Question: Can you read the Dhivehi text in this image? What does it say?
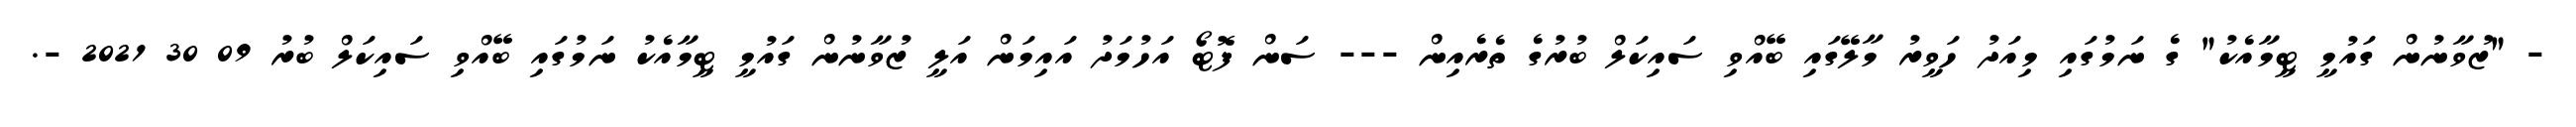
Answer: - "ޒުވާނުން ގައުމީ ޓީމާއެކު" ގެ ނަމުގައި މިއަދު ހަވީރު މާލޭގައި ބޭއްވި ސައިކަލް ބުރުގެ ތެރެއިން --- ސަން ފޮޓޯ އަހުމަދު އައިމަން އަލީ ޒުވާނުން ގައުމީ ޓީމާއެކު ނަމުގައި ބޭއްވި ސައިކަލް ބުރު 09 30 2021 -.